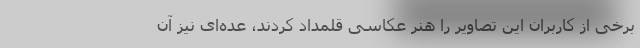
برخی از کاربران این تصاویر را هنر عکاسی قلمداد کردند، عده‌ای نیز آن